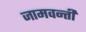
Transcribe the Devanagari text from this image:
जामवन्ती